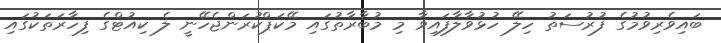
ބައިވެރިވުމުގެ ފުރުސަތު ހިލޭ ހުޅުވާލާފައިވާ މި މުބާރާތުގައި މޭކަޕްކުރަންޖެހޭނީ ލެ ކިއުޓްގެ ފިހާރަތަކުގައި